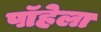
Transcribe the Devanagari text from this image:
पॉहेला